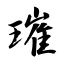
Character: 璀